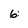
Character: 6